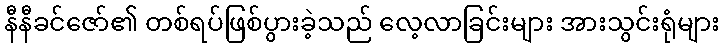
နီနီခင်ဇော်၏ တစ်ရပ်ဖြစ်ပွားခဲ့သည် လေ့လာခြင်းများ အားသွင်းရုံများ